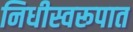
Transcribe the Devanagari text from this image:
निधीस्वरूपात